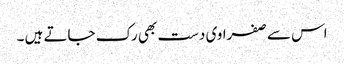
اس سے صفراوی دست بھی رک جاتے ہیں ۔